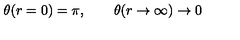
\theta ( r = 0 ) = \pi , \qquad \theta ( r \rightarrow \infty ) \rightarrow 0